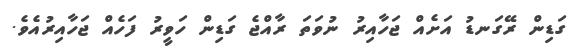
ގަޑިން ރޭގަނޑު އަށެއް ޖަހާއިރު ނުވަތަ ރާއްޖެ ގަޑިން ހަވީރު ފަހެއް ޖަހާއިރުއެވެ.